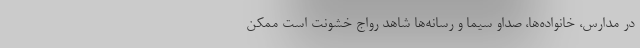
در مدارس، خانواده‌ها، صداو سیما و رسانه‌ها شاهد رواج خشونت است ممکن